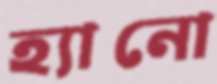
হ্যানো